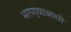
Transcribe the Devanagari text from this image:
भरण्याआधी